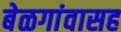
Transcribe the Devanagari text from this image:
बेळगांवासह